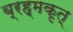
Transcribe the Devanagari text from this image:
ब्रह्मकृत्